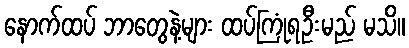
နောက်ထပ် ဘာတွေနဲ့များ ထပ်ကြုံရဦးမည် မသိ။